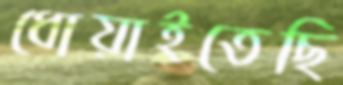
ধোয়াইতেছি